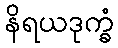
နိရယဒုက္ခံ